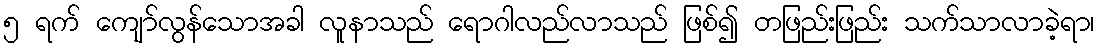
၅ ရက် ကျော်လွန်သောအခါ လူနာသည် ရောဂါလည်လာသည် ဖြစ်၍ တဖြည်းဖြည်း သက်သာလာခဲ့ရာ၊